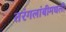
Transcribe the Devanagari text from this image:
तरंगलांबीमधली